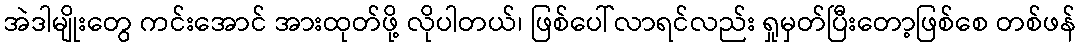
အဲဒါမျိုးတွေ ကင်းအောင် အားထုတ်ဖို့ လိုပါတယ်၊ ဖြစ်ပေါ်လာရင်လည်း ရှုမှတ်ပြီးတော့ဖြစ်စေ တစ်ဖန်